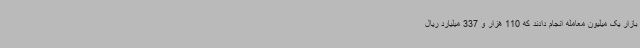
بازار یک میلیون معامله انجام دادند که 110 هزار و 337 میلیارد ریال